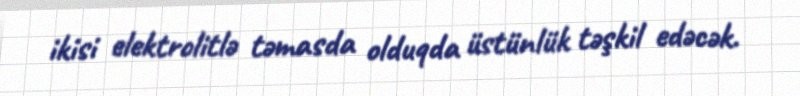
ikisi elektrolitlə təmasda olduqda üstünlük təşkil edəcək.